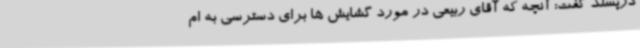
دژپسند گفت: آنچه که آقای ربیعی در مورد گشایش ها برای دسترسی به ام